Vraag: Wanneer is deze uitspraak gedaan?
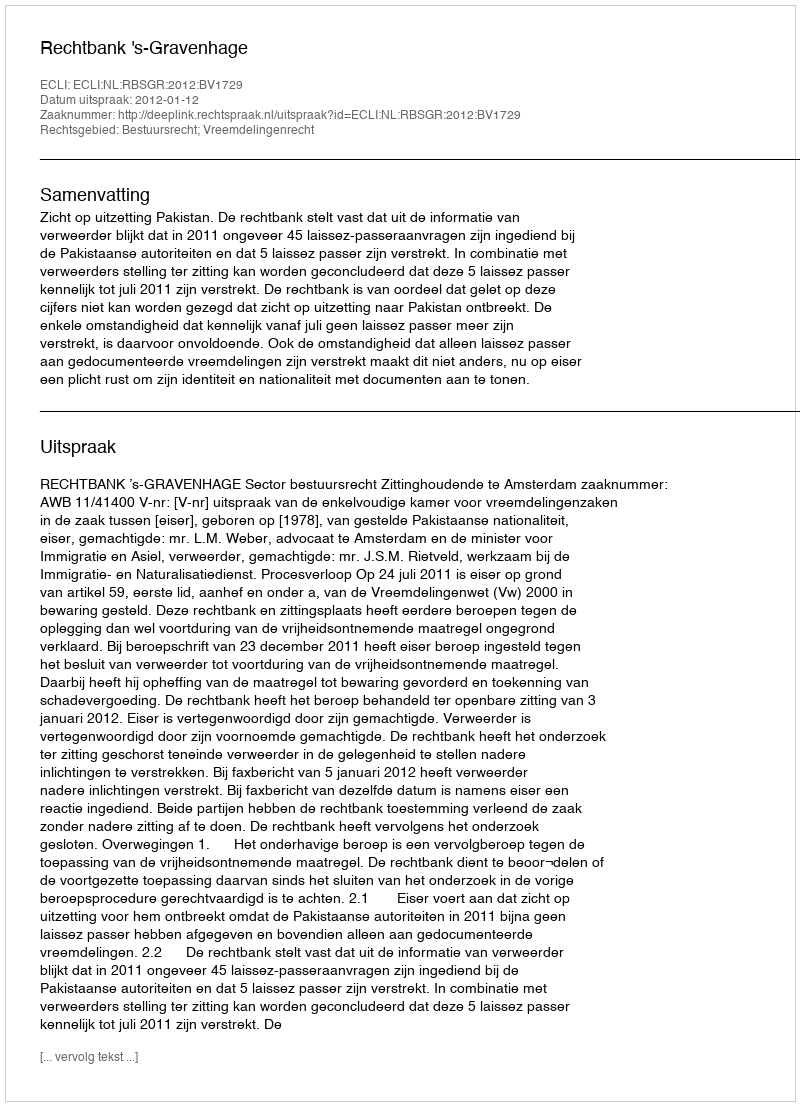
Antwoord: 2012-01-12